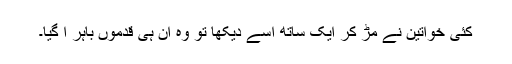
کئی خواتین نے مڑ کر ایک ساتھ اسے دیکھا تو وہ ان ہی قدموں باہر آ گیا۔